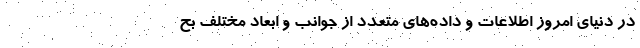
در دنیای امروز اطلاعات و داده‌های متعدد از جوانب و ابعاد مختلف بح